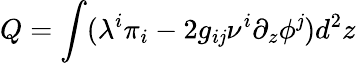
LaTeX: Q=\int(\lambda^{i}\pi_{i}-2g_{i\mathit{j}}\nu^{i}\partial_{z}\phi^{\mathit{j}})d^{2}z